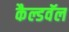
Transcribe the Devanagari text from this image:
कैल्डवॅल